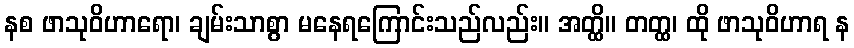
နစ ဖာသုဝိဟာရော၊ ချမ်းသာစွာ မနေရကြောင်းသည်လည်း။ အတ္ထိ။ တတ္ထ၊ ထို ဖာသုဝိဟာရ န